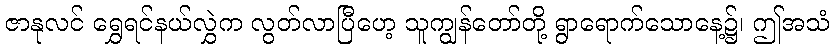
ဇာနုလင် ရွှေရင်နယ်လွှဲက လွတ်လာပြီဟေ့ သူကျွန်တော်တို့ ရွာရောက်သောနေ့၌၊ ဤအသံ